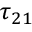
\tau _ { 2 1 }